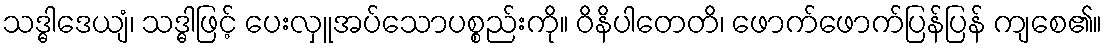
သဒ္ဓါဒေယျံ၊ သဒ္ဓါဖြင့် ပေးလှူအပ်သောပစ္စည်းကို။ ဝိနိပါတေတိ၊ ဖောက်ဖောက်ပြန်ပြန် ကျစေ၏။